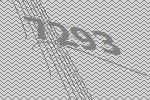
7293